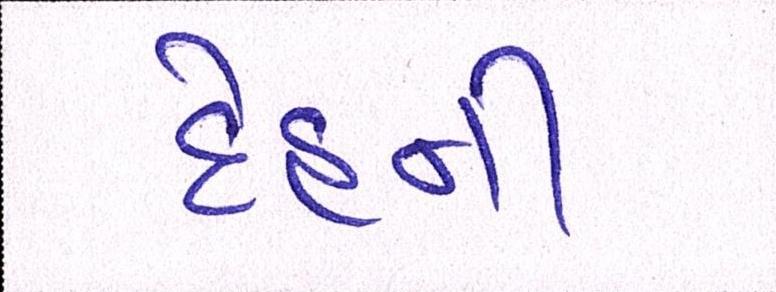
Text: દેહની